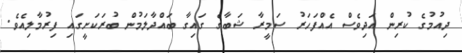
ދިއުމުގެ ކުރިން އަދިވެސް އެއްފަހަރު ސަމީރާ ޝަބާގެ ގައިގާ ބައްދާލަމުން ބުރަކަށީގައި ފިރުމާލިއެވެ.